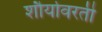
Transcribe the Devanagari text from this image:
शौर्यावरती